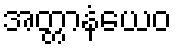
အတ္တာနံယေဝ